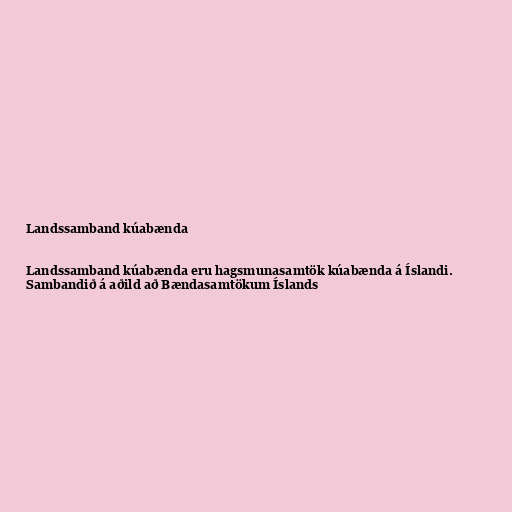
Landssamband kúabænda

Landssamband kúabænda eru hagsmunasamtök kúabænda á Íslandi.
Sambandið á aðild að Bændasamtökum Íslands